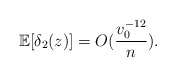
\begin{align*}\mathbb{E}[\delta_2(z)] = O(\frac{v_0^{-12}}{n}).\end{align*}